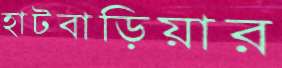
হাটবাড়িয়ার